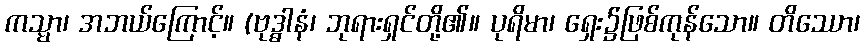
ကသ္မာ၊ အဘယ်ကြောင့်။ (ဗုဒ္ဓါနံ၊ ဘုရားရှင်တို့၏။ ပုရိမာ၊ ရှေး၌ဖြစ်ကုန်သော။ တိဿော၊